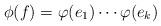
LaTeX: \begin{align*}\phi(f)=\varphi(e_{1})\cdots\varphi(e_{k})\end{align*}